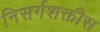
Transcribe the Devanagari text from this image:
निसर्गशक्तीस